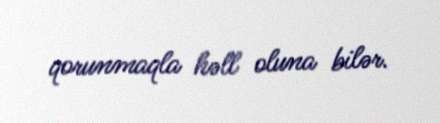
qorunmaqla həll oluna bilər.